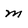
Character: m